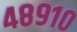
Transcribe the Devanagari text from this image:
४८९१०